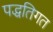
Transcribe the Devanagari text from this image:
पद्धतिगत